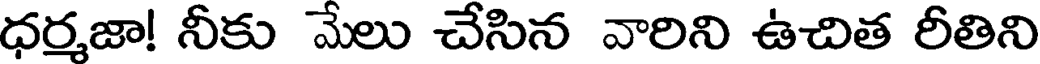
ధర్మజా! నీకు మేలు చేసిన వారిని ఉచిత రీతిని